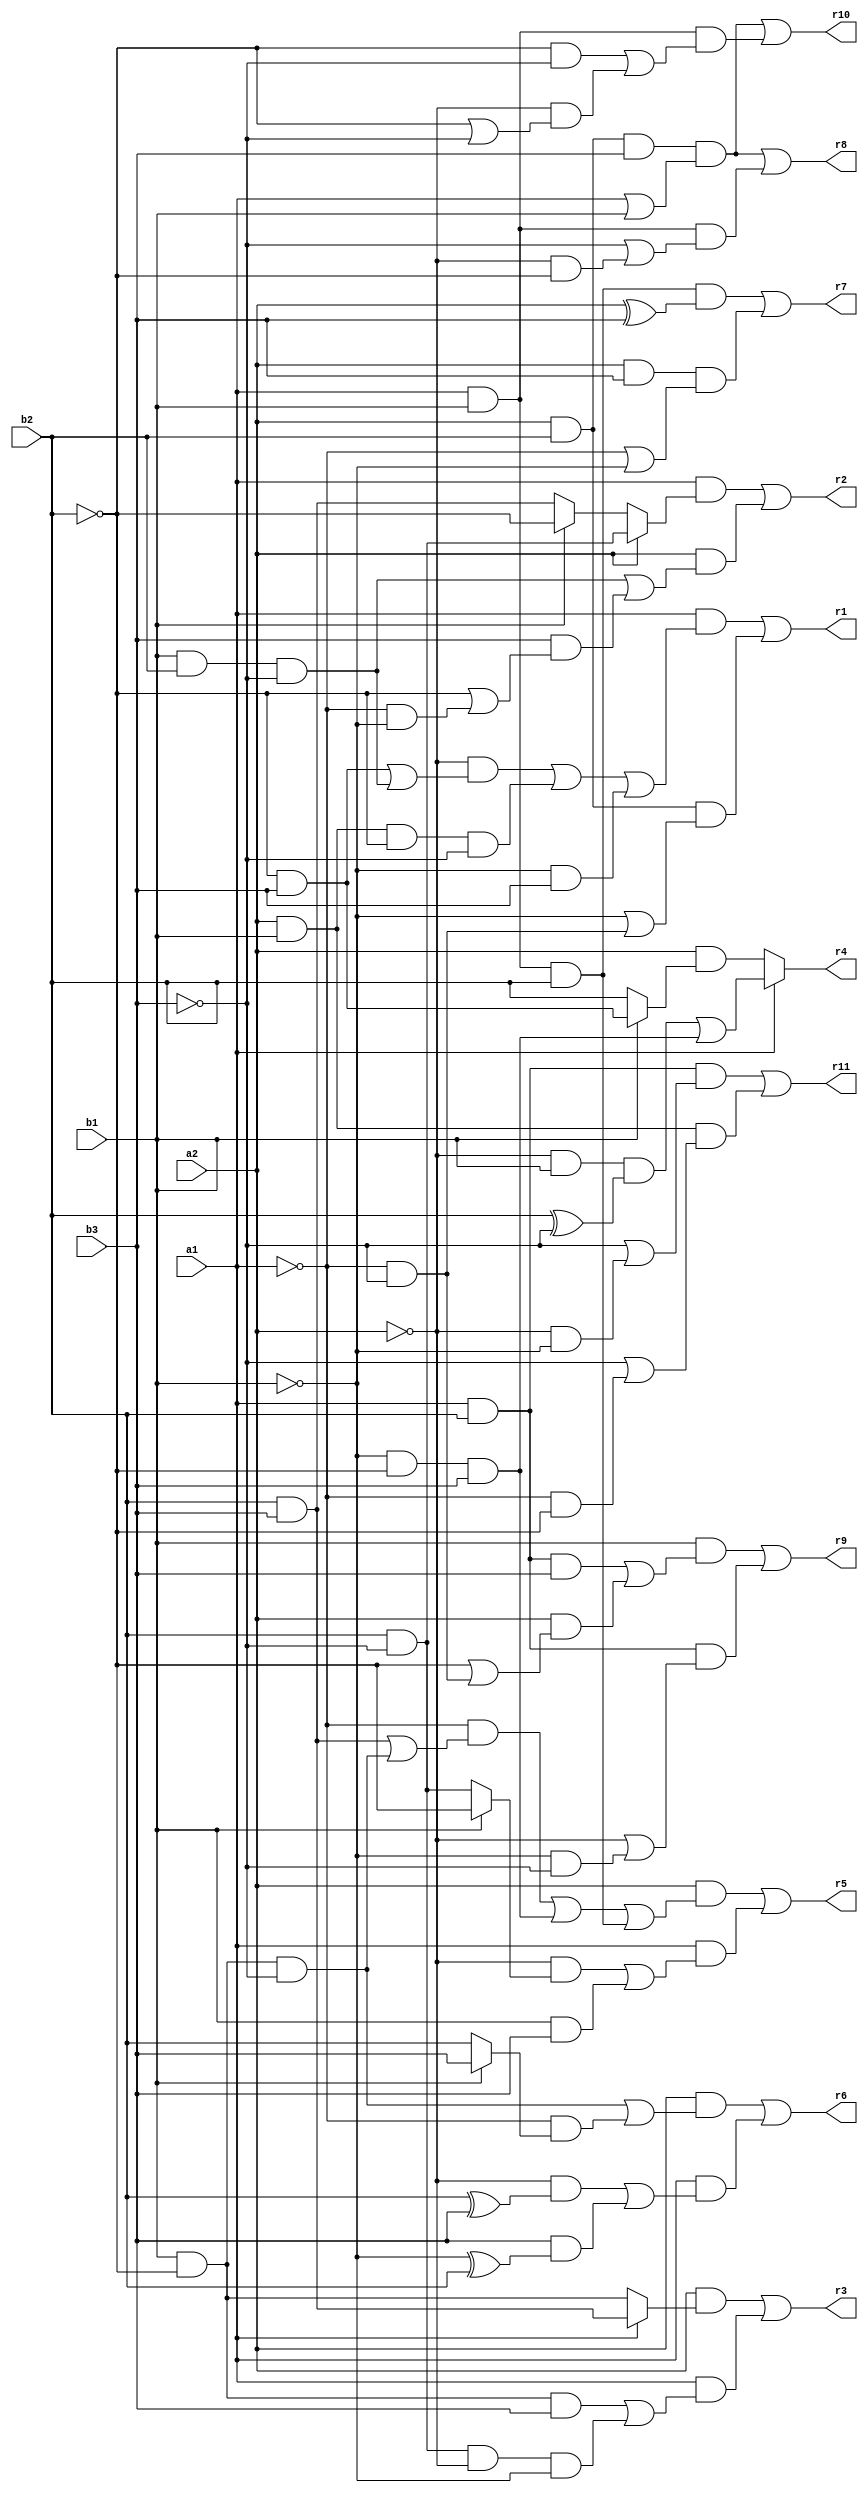
// Benchmark "mult_2x3_592_out" written by ABC on Tue May 24 03:53:48 2022

module mult_2x3_592 ( 
    a1, a2, b1, b2, b3,
     r1, r2, r3, r4, r5, r6, r7, r8, r9, r10, r11  );
  input  a1, a2, b1, b2, b3;
  output  r1, r2, r3, r4, r5, r6, r7, r8, r9, r10, r11;
  assign r1 = (a1 & ((~a2 & ((~b2 & b3) | (b1 & b2 & ~b3))) | (a2 & b1 & ~b2 & ~b3) | (~b1 & b3))) | (a2 & b2 & (~b1 | (~a1 & ~b3)));
  assign r2 = (a1 & (a2 ? (b2 & ~b3) : (b1 ? ~b2 : (b2 & b3)))) | (a2 & ((b1 & b2 & ~b3) | (b3 & (~b2 | (~a1 & ~b1)))));
  assign r3 = (a2 & (a1 ? (b2 & b3) : (b1 & ~b2))) | (a1 & ((b1 & ~b2 & b3) | (b2 & ~b3 & ~a2 & ~b1)));
  assign r4 = a1 ? ((~a2 & b1 & (b2 ^ ~b3)) | (~b1 & ~b2 & b3)) : (a2 & (b1 ? (~b2 & b3) : b2));
  assign r5 = (a2 & ((~a1 & ((b2 & b3) | (b1 & ~b2 & ~b3))) | (~b1 & ~b2 & b3) | (a1 & b1 & b2))) | (a1 & ((~a2 & (b1 ? ~b2 : (b2 & ~b3))) | (b1 & b3)));
  assign r6 = (a2 & ((b1 & ~b2 & ~b3) | (~a1 & (b1 ? b3 : b2)))) | (a1 & ((~a2 & (b2 ^ b3)) | (b3 & (~b1 ^ b2))));
  assign r7 = (a1 & b1 & b2 & (a2 ^ b3)) | (a2 & b3 & (~a1 | ~b1));
  assign r8 = (a2 & b2 & b3 & (a1 | b1)) | (a1 & b1 & (~b3 | (~a2 & ~b2)));
  assign r9 = (b1 & ((a1 & b2 & b3) | (a2 & (~b2 | (~a1 & ~b3))))) | (a1 & b2 & (~a2 | (~b1 & ~b3)));
  assign r10 = (a2 & b2 & b3 & (a1 | b1)) | (a1 & b1 & ((~b2 & ~b3) | (~a2 & (~b2 | ~b3))));
  assign r11 = (a1 & b2 & (~b3 | (~a2 & ~b1))) | (a2 & b1 & (~b3 | (~a1 & ~b2)));
endmodule